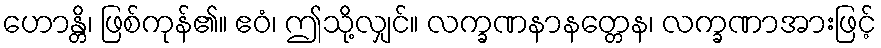
ဟောန္တိ၊ ဖြစ်ကုန်၏။ ဧဝံ၊ ဤသို့လျှင်။ လက္ခဏနာနတ္တေန၊ လက္ခဏာအားဖြင့်